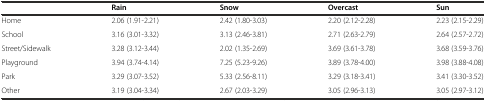
<table><thead><tr><td></td><td><b>Rain</b></td><td><b>Snow</b></td><td><b>Overcast</b></td><td><b>Sun</b></td></tr></thead><tbody><tr><td>Home</td><td>2.06 (1.91-2.21)</td><td>2.42 (1.80-3.03)</td><td>2.20 (2.12-2.28)</td><td>2.23 (2.15-2.29)</td></tr><tr><td>School</td><td>3.16 (3.01-3.32)</td><td>3.13 (2.46-3.81)</td><td>2.71 (2.63-2.79)</td><td>2.64 (2.57-2.72)</td></tr><tr><td>Street/Sidewalk</td><td>3.28 (3.12-3.44)</td><td>2.02 (1.35-2.69)</td><td>3.69 (3.61-3.78)</td><td>3.68 (3.59-3.76)</td></tr><tr><td>Playground</td><td>3.94 (3.74-4.14)</td><td>7.25 (5.23-9.26)</td><td>3.89 (3.78-4.00)</td><td>3.98 (3.88-4.08)</td></tr><tr><td>Park</td><td>3.29 (3.07-3.52)</td><td>5.33 (2.56-8.11)</td><td>3.29 (3.18-3.41)</td><td>3.41 (3.30-3.52)</td></tr><tr><td>Other</td><td>3.19 (3.04-3.34)</td><td>2.67 (2.03-3.29)</td><td>3.05 (2.96-3.13)</td><td>3.05 (2.97-3.12)</td></tr></tbody></table>